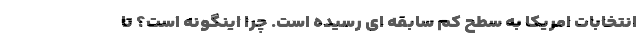
انتخابات امریکا به سطح کم سابقه ای رسیده است. چرا اینگونه است؟ تا